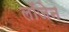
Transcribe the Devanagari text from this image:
लॉजेन